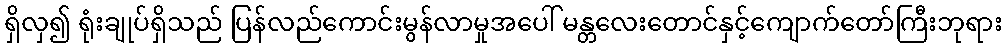
ရှိလှ၍ ရုံးချုပ်ရှိသည် ပြန်လည်ကောင်းမွန်လာမှုအပေါ် မန္တလေးတောင်နှင့်ကျောက်တော်ကြီးဘုရား